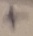
Text: +